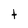
Character: t